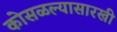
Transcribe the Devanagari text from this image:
कोसळल्यासारखी